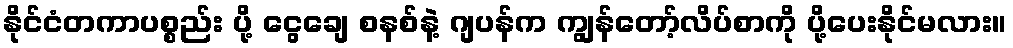
နိုင်ငံတကာပစ္စည်း ပို့ ငွေချေ စနစ်နဲ့ ဂျပန်က ကျွန်တော့်လိပ်စာကို ပို့ပေးနိုင်မလား။